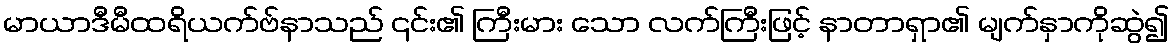
မာယာဒီမီထရိယက်ဗ်နာသည် ၎င်း၏ ကြီးမား သော လက်ကြီးဖြင့် နာတာရှာ၏ မျက်နှာကိုဆွဲ၍